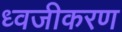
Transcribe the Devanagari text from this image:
ध्वजीकरण